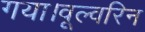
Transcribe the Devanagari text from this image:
गया।वूल्वरिन